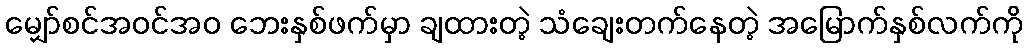
မျှော်စင်အဝင်အဝ ဘေးနှစ်ဖက်မှာ ချထားတဲ့ သံချေးတက်နေတဲ့ အမြောက်နှစ်လက်ကို